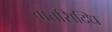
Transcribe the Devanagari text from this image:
वातसिद्धि